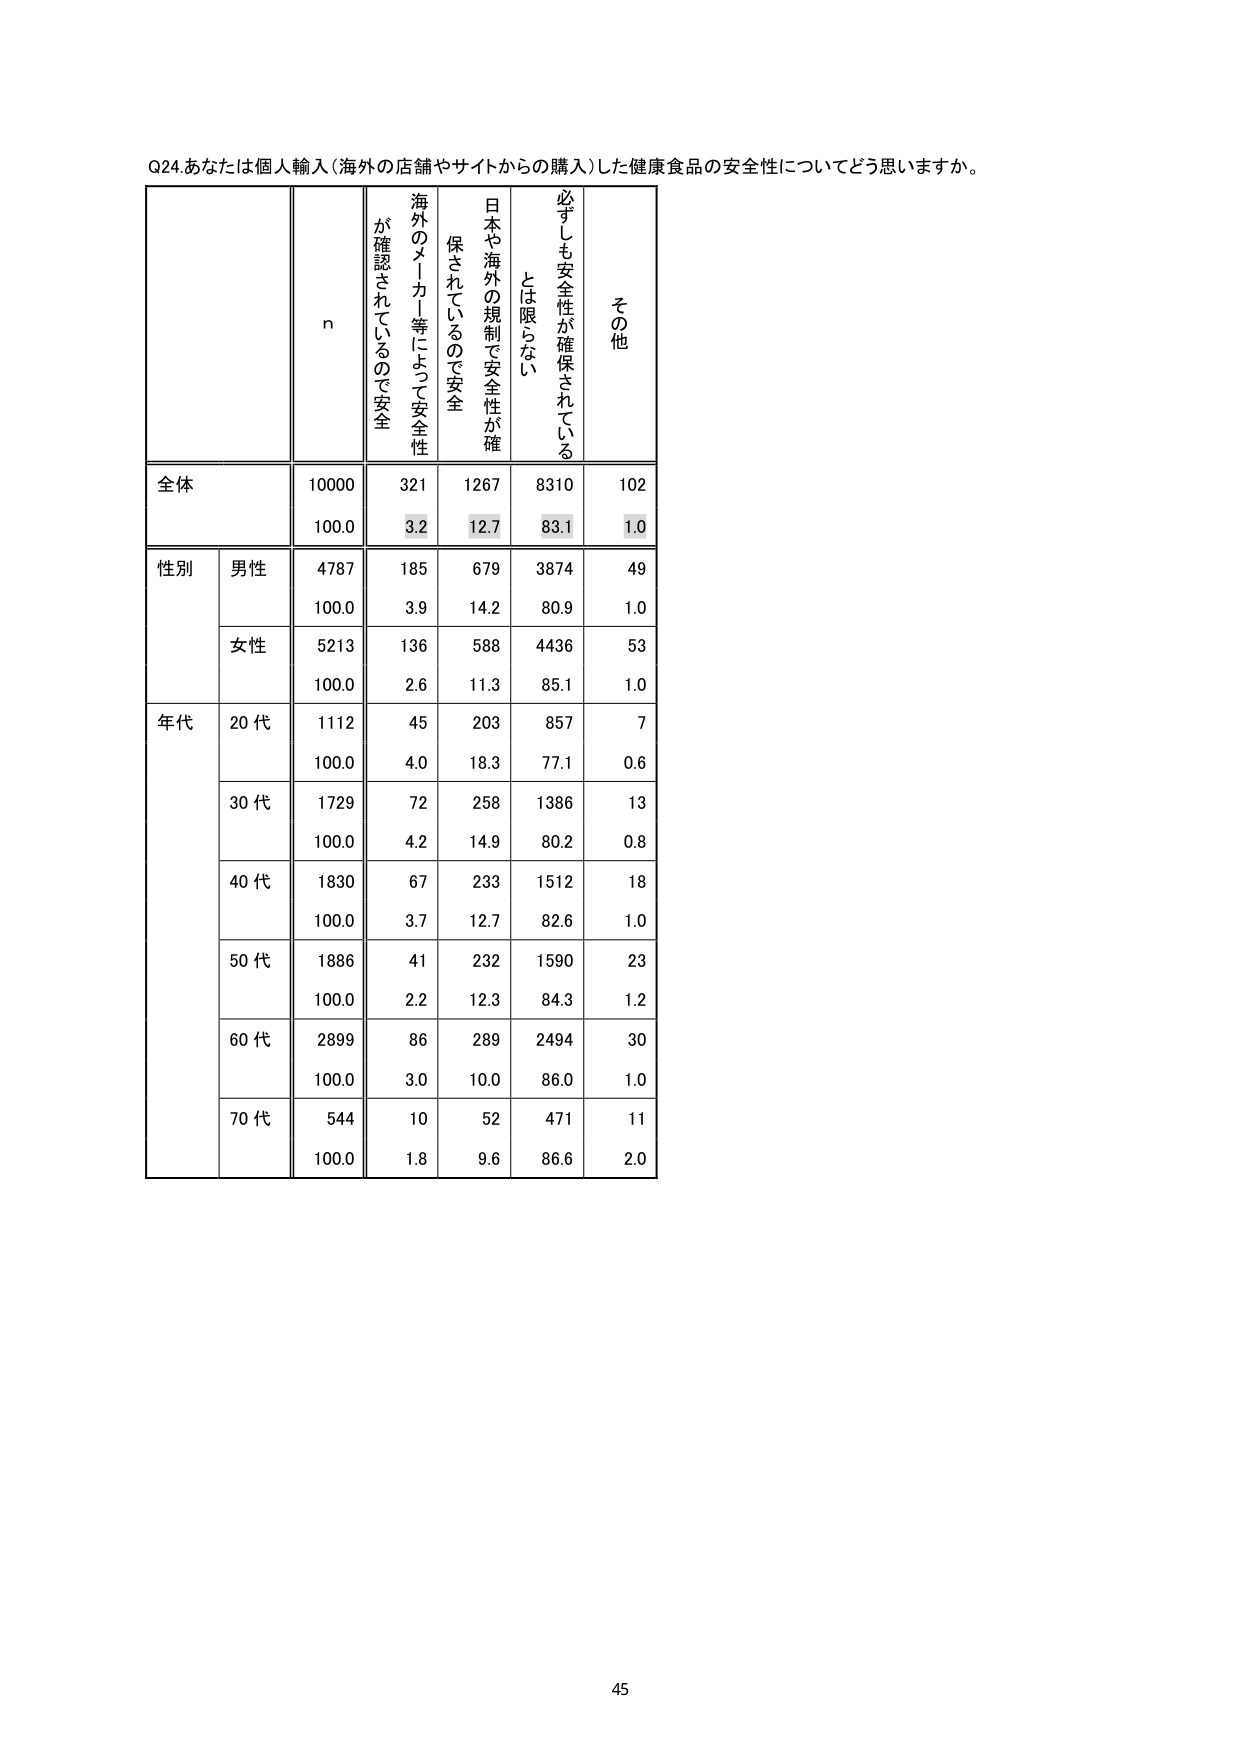
Q24.あなたは個人輸入（海外の店舗やサイトからの購入）した健康食品の安全性についてどう思いますか。

n
が確認されているので安全
海外のメーカー等によって安全性
日本や海外の規制で安全性が確保されているので安全
必ずしも安全性が確保されているとは限らない
その他

全体
10000
321
1267
8310
102
100.0
3.2
12.7
83.1
1.0

性別
男性
4787
185
679
3874
49
100.0
3.9
14.2
80.9
1.0
女性
5213
136
588
4436
53
100.0
2.6
11.3
85.1
1.0

年代
20代
1112
45
203
857
7
100.0
4.0
18.3
77.1
0.6
30代
1729
72
258
1386
13
100.0
4.2
14.9
80.2
0.8
40代
1830
67
233
1512
18
100.0
3.7
12.7
82.6
1.0
50代
1886
41
232
1590
23
100.0
2.2
12.3
84.3
1.2
60代
2899
86
289
2494
30
100.0
3.0
10.0
86.0
1.0
70代
544
10
52
471
11
100.0
1.8
9.6
86.6
2.0

45